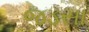
જડસા